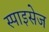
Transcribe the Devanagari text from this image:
स्पाइसेज